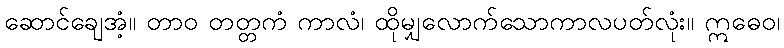
ဆောင်ချေအံ့။ တာဝ တတ္တကံ ကာလံ၊ ထိုမျှလောက်သောကာလပတ်လုံး။ ဣဓေဝ၊